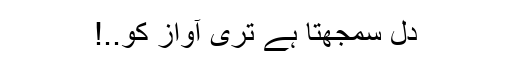
دل سمجھتا ہے تری آواز کو..!